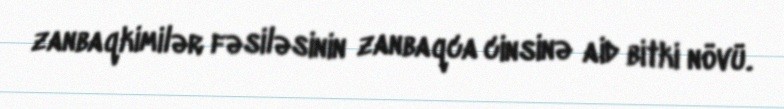
zanbaqkimilər fəsiləsinin zanbaqca cinsinə aid bitki növü.